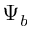
\Psi _ { b }